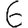
Digit: 6